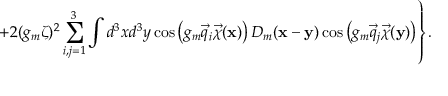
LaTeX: \left. + 2 ( g _ { m } \zeta ) ^ { 2 } \sum _ { i , j = 1 } ^ { 3 } \int d ^ { 3 } x d ^ { 3 } y \cos \left( g _ { m } \vec { q } _ { i } \vec { \chi } ( { \bf x } ) \right) D _ { m } ( { \bf x } - { \bf y } ) \cos \left( g _ { m } \vec { q } _ { j } \vec { \chi } ( { \bf y } ) \right) \right\} .